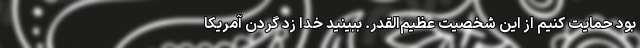
بود حمایت کنیم از این شخصیت عظیم‌القدر. ببینید خدا زد گردن آمریکا